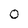
Character: 0